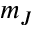
m _ { J }